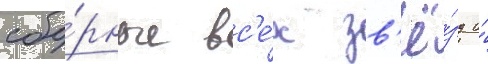
сбо́рные вс'е́х зв'ё́зд и́